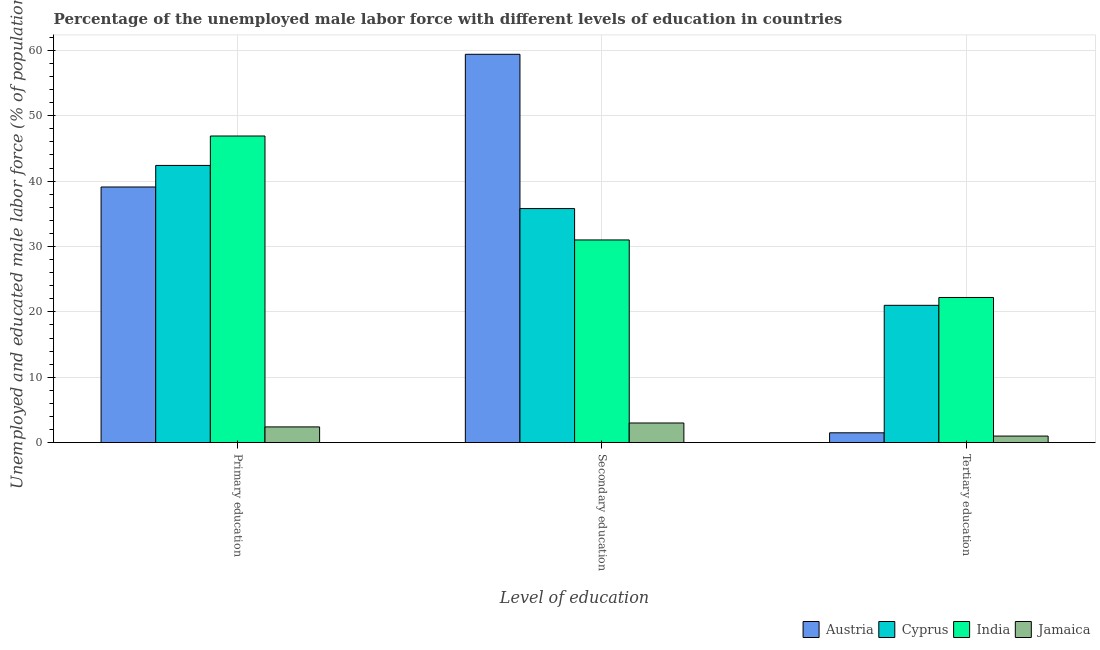
| Level of education | Austria | Cyprus | India | Jamaica |
 | --- | --- | --- | --- | --- |
 | Primary education | 39.1 | 42.4 | 46.9 | 2.4 |
 | Secondary education | 59.4 | 35.8 | 31 | 3 |
 | Tertiary education | 1.5 | 21 | 22.2 | 1 |